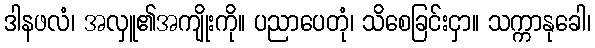
ဒါနဖလံ၊ အလှူ၏အကျိုးကို။ ပညာပေတုံ၊ သိစေခြင်းငှာ။ သက္ကာနုခေါ၊